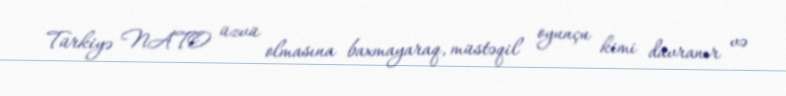
Türkiyə NATO üzvü olmasına baxmayaraq, müstəqil oyunçu kimi davranır və